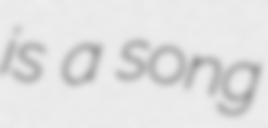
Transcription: is a song